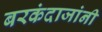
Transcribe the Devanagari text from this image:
बरकंदाजांनी